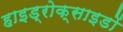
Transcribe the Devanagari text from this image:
हाइड्रोक्साइडों